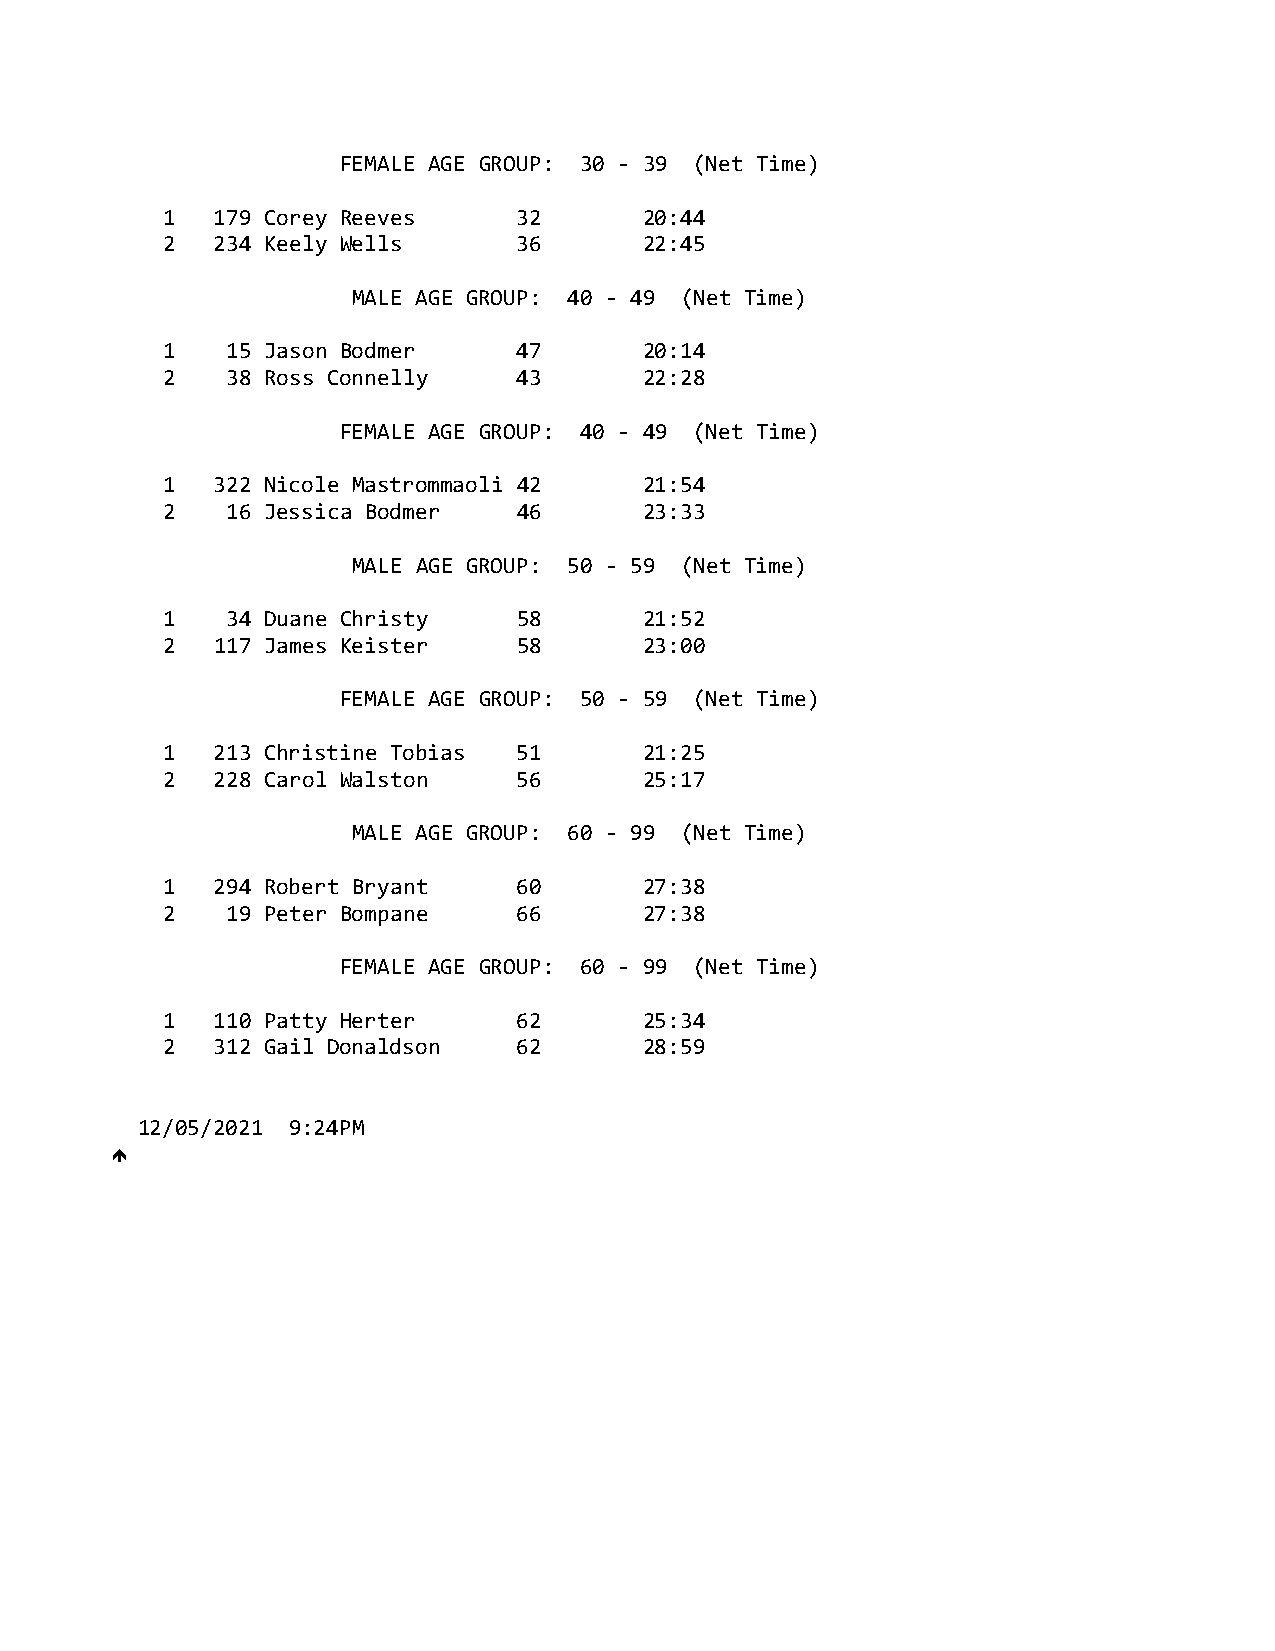
FEMALE AGE GROUP: 30 ‐ 39 (Net Time)
 1  179 Corey Reeves    32       20:44
 2  234 Keely Wells     36       22:45
 MALE AGE GROUP: 40 ‐ 49 (Net Time)
 1   15 Jason Bodmer    47       20:14
 2   38 Ross Connelly   43       22:28
 FEMALE AGE GROUP: 40 ‐ 49 (Net Time)
 1  322 Nicole Mastrommaoli 42   21:54
 2   16 Jessica Bodmer  46       23:33
 MALE AGE GROUP: 50 ‐ 59 (Net Time)
 1   34 Duane Christy   58       21:52
 2  117 James Keister   58       23:00
 FEMALE AGE GROUP: 50 ‐ 59 (Net Time)
 1  213 Christine Tobias 51      21:25
 2  228 Carol Walston   56       25:17
 MALE AGE GROUP: 60 ‐ 99 (Net Time)
 1  294 Robert Bryant   60       27:38
 2   19 Peter Bompane   66       27:38
 FEMALE AGE GROUP: 60 ‐ 99 (Net Time)
 1  110 Patty Herter    62       25:34
 2  312 Gail Donaldson  62       28:59
 12/05/2021 9:24PM